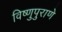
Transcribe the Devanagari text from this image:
विष्णुपुराणे